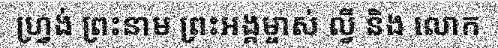
ហ្វ្រង់ ព្រះនាម ព្រះអង្គម្ចាស់ ល្វី និង លោក